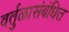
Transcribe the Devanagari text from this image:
वर्तुळासंबंधित